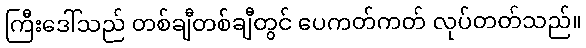
ကြီးဒေါ်သည် တစ်ချီတစ်ချီတွင် ပေကတ်ကတ် လုပ်တတ်သည်။